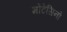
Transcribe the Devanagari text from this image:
मोंटेसिनो